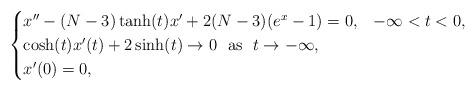
LaTeX: \begin{align*}\begin{cases}x''-(N-3)\tanh(t)x'+2(N-3)(e^x-1)=0, & -\infty<t<0,\\\cosh(t)x'(t)+2\sinh(t)\rightarrow 0\ \ \textrm{as}\ \ t\rightarrow -\infty,\\x'(0)=0,\end{cases}\end{align*}